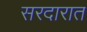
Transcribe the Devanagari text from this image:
सरदारात